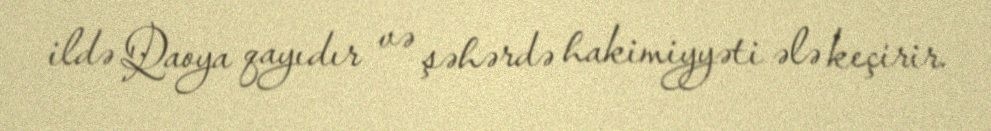
ildə Qaoya qayıdır və şəhərdə hakimiyyəti ələ keçirir.